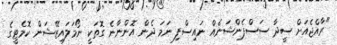
"ރާއްޖެއަށް ސީދާ ސަސްޕެންޝަނެއް ނައިސްފި ނަމަ ދެން އޮންނާނެ ގޮތަކީ ނޯމަލައިޒޭޝަން ކޮމެޓީގެ